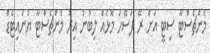
މެންޗެސްޓާ ސިޓީ އަށް ރޭ ފަސޭހަ މޮޅެއް ލިބުނު އިރު މެންޗެސްޓާ ޔުނައިޓެޑް